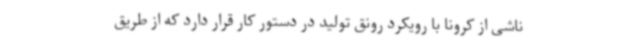
ناشی از کرونا با رویکرد رونق تولید در دستور کار قرار دارد که از طریق